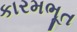
કારમભૂત